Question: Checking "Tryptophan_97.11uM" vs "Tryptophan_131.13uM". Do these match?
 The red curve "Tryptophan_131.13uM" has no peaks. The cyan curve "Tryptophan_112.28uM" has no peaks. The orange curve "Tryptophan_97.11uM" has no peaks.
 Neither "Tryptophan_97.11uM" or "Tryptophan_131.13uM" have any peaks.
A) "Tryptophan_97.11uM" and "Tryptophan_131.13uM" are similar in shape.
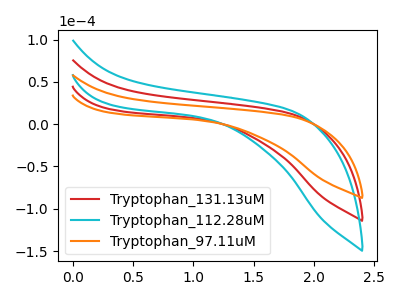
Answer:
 <answer>A) "Tryptophan_97.11uM" and "Tryptophan_131.13uM" are similar in shape.</answer>
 <eval>A</eval>